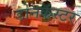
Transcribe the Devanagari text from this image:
डोनकॅस्टर